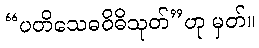
“ပတိသေဓဝိဓိသုတ်”ဟု မှတ်။